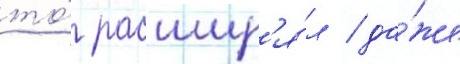
то́ расшир'я́л / да́же